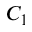
C _ { 1 }